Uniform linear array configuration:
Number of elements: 4
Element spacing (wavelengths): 1
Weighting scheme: blackman
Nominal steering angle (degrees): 45
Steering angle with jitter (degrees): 46.106
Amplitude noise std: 0.05
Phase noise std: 0.05

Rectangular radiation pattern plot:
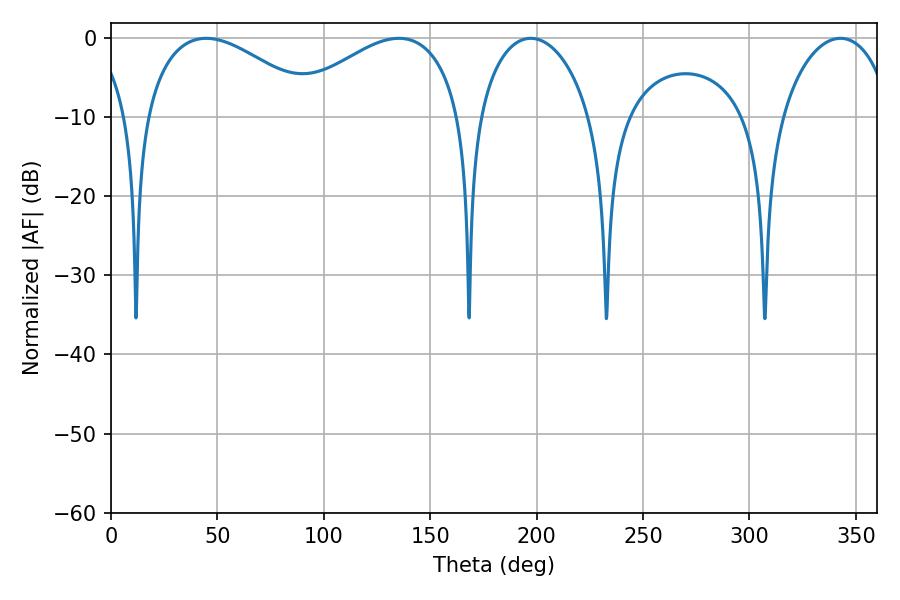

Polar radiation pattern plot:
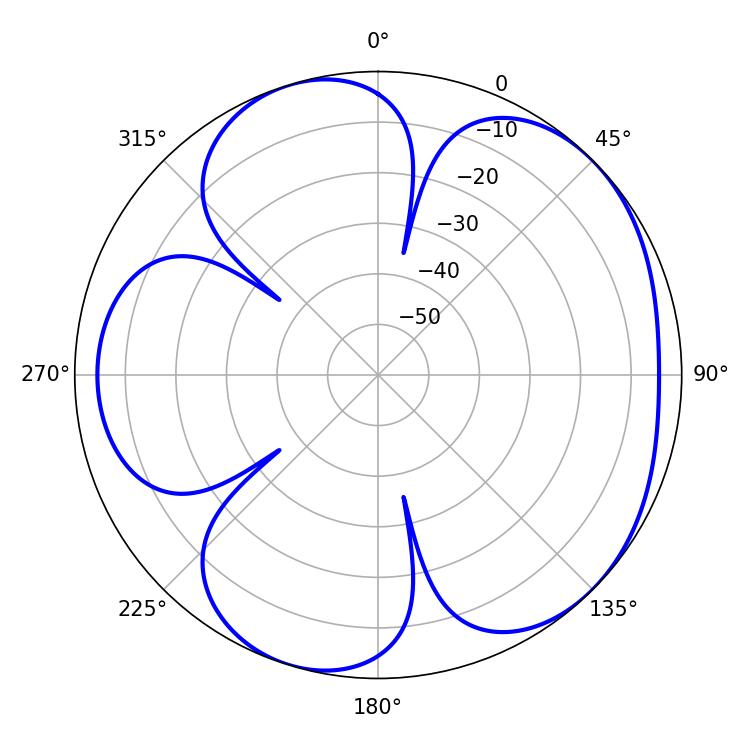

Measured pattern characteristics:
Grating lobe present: TRUE
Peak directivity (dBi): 4.955
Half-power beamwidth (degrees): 30.24
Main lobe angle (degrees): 197.28